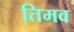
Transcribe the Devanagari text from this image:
तिमव